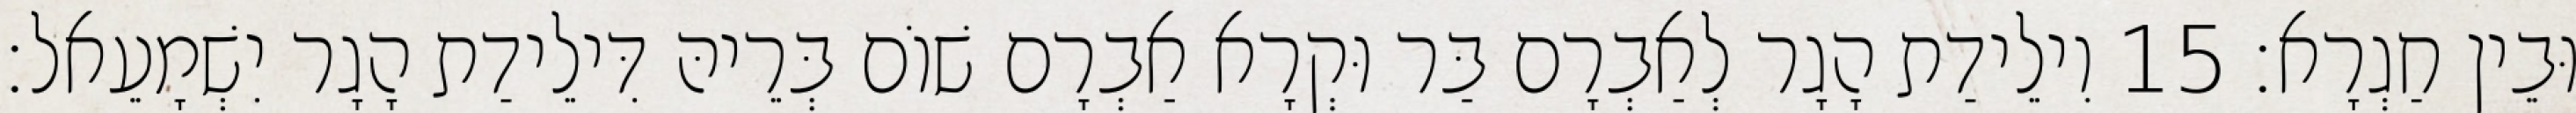
וּבֵין חַגְרָא׃ 15 וִילֵידַת הָגָר לְאַבְרָם בַּר וּקְרָא אַבְרָם שׁוֹם בְּרֵיהּ דִּילֵידַת הָגָר יִשְׁמָעֵאל׃